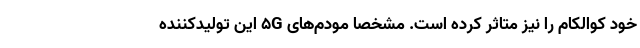
خود کوالکام را نیز متاثر کرده است. مشخصا مودم‌های 5G این تولیدکننده